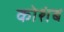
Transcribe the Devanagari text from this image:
कोशंब